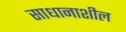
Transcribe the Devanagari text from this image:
साधानाशील